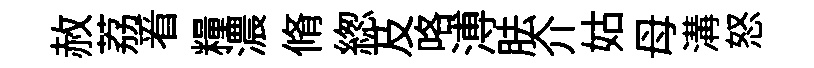
赦荔㸔糧濃脩緫及咯溥胠介姑母溝怒